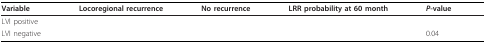
<table><thead><tr><td><b>Variable</b></td><td><b>Locoregional recurrence</b></td><td><b>No recurrence</b></td><td><b>LRR probability at 60 month</b></td><td><b><i>P</i>-value</b></td></tr></thead><tbody><tr><td>LVI positive</td><td>[EMPTY_CELL]</td><td>[EMPTY_CELL]</td><td>[EMPTY_CELL]</td><td>[EMPTY_CELL]</td></tr><tr><td>LVI negative</td><td>[EMPTY_CELL]</td><td>[EMPTY_CELL]</td><td>[EMPTY_CELL]</td><td>0.04</td></tr></tbody></table>